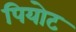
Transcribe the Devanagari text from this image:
पियोट